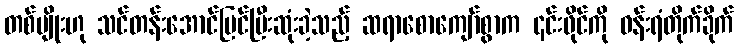
တစ်မျိုးဟု သင်တန်းအောင်မြင်ပြီးဆုံးခဲ့သည့် ဆရာစောကျော်စွာက ၎င်းဖိုင်ကို ဝန်းရံတိုက်ခိုက်